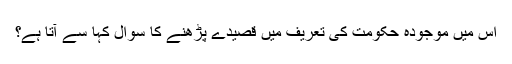
اِس میں موجودہ حکومت کی تعریف میں قصیدے پڑھنے کا سوال کہا سے آتا ہے؟